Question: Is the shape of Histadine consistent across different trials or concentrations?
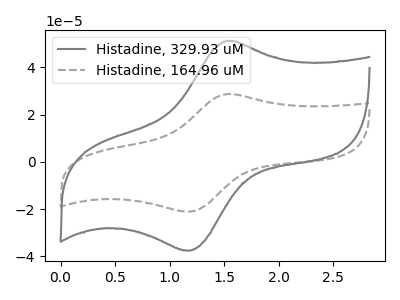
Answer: <think>The gray curve "Histadine, 329.93 uM" has an anodic peak at (1.55V, 51.25uA) and a cathodic peak at (1.20V, -37.60uA). The gray dashed curve "Histadine, 164.96 uM" has an anodic peak at (1.55V, 28.75uA) and a cathodic peak at (1.20V, -21.05uA).
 All the peaks in "Histadine, 329.93 uM" have a peak in "Histadine, 164.96 uM" at the same potential. Every peak in "Histadine, 329.93 uM" is higher than every peak in "Histadine, 164.96 uM".</think>
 <answer>All the CV's of "Histadine" have similar shape.</answer>
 <eval>follow_rule</eval>